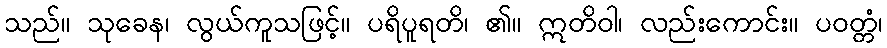
သည်။ သုခေန၊ လွယ်ကူသဖြင့်။ ပရိပူရတိ၊ ၏။ ဣတိဝါ၊ လည်းကောင်း။ ပဝတ္တံ၊